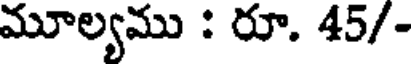
మూల్యము : రూ. 45/-